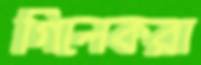
গিলেকরা